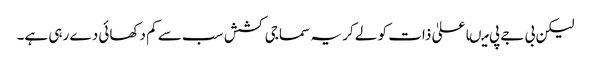
لیکن بی جے پی میںاعلیٰ ذات کو لے کر یہ سماجی کشش سب سے کم دکھائی دے رہی ہے۔